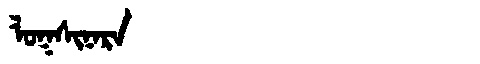
Manchu: ᠯᠣᡴᠰᡳᠨᠠᡵᠠ
Romanization: LOKSINARA